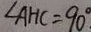
\angle A H C = 9 0 ^ { \circ }